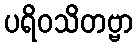
ပရိဝသိတဗ္ဗာ